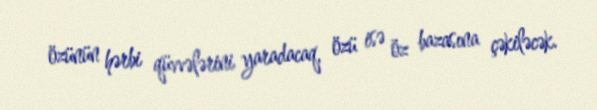
özünün hərbi qüvvələrini yaradacaq, özü isə öz bazasına çəkiləcək.